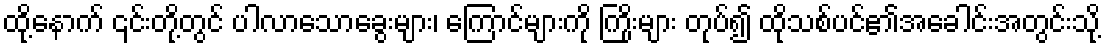
ထို့နောက် ၎င်းတို့တွင် ပါလာသောခွေးများ၊ ကြောင်များကို ကြိုးများ တုပ်၍ ထိုသစ်ပင်၏အခေါင်းအတွင်းသို့